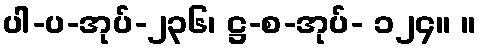
ပါ-ပ-အုပ်-၂၃၆၊ ဋ္ဌ-စ-အုပ်- ၁၂၄။ ။